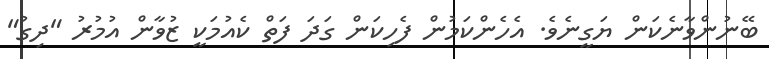
ބޭނުންވާނެކަން ޔަގީނެވެ. އެހެންކަމުން ފެހިކަން ގަދަ ފަތް ކެއުމަކީ ޒުވާން އުމުރު "ދިގު"